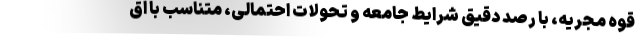
قوه مجریه، با رصد دقیق شرایط جامعه و تحولات احتمالی، متناسب با اق